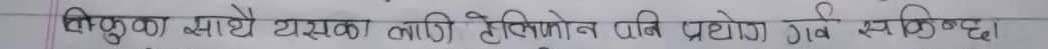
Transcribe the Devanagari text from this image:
बिस्कुट मध्ये यसका लागि हेक्जान पनि प्रयोग गरिन्छ।